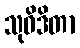
သုဝိဒိတာ